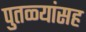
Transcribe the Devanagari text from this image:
पुतळ्यांसह